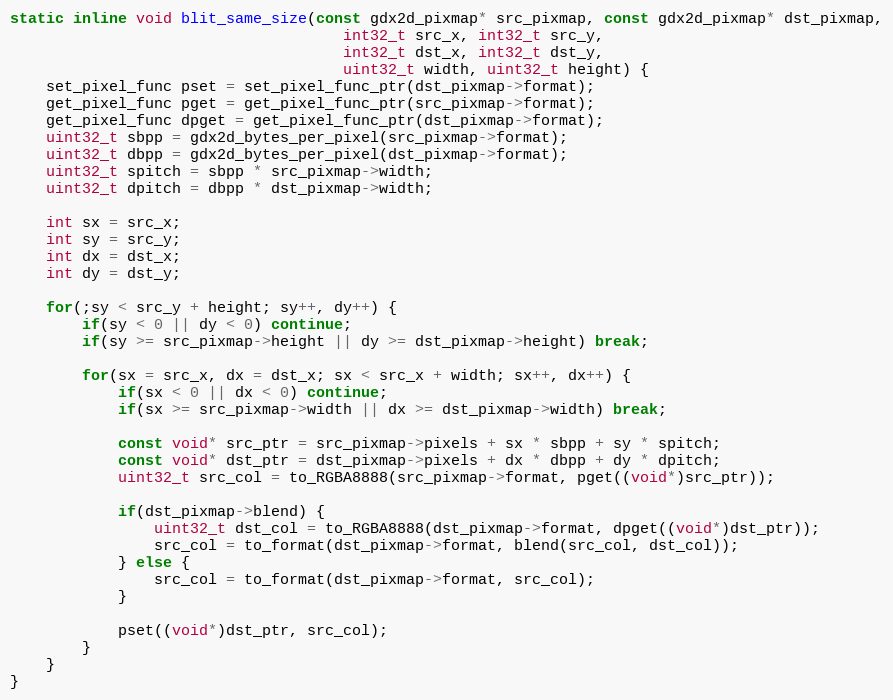
Language: C
static inline void blit_same_size(const gdx2d_pixmap* src_pixmap, const gdx2d_pixmap* dst_pixmap,
						 			 int32_t src_x, int32_t src_y,
									 int32_t dst_x, int32_t dst_y,
									 uint32_t width, uint32_t height) {
	set_pixel_func pset = set_pixel_func_ptr(dst_pixmap->format);
	get_pixel_func pget = get_pixel_func_ptr(src_pixmap->format);
	get_pixel_func dpget = get_pixel_func_ptr(dst_pixmap->format);
	uint32_t sbpp = gdx2d_bytes_per_pixel(src_pixmap->format);
	uint32_t dbpp = gdx2d_bytes_per_pixel(dst_pixmap->format);
	uint32_t spitch = sbpp * src_pixmap->width;
	uint32_t dpitch = dbpp * dst_pixmap->width;

	int sx = src_x;
	int sy = src_y;
	int dx = dst_x;
	int dy = dst_y;

	for(;sy < src_y + height; sy++, dy++) {
		if(sy < 0 || dy < 0) continue;
		if(sy >= src_pixmap->height || dy >= dst_pixmap->height) break;

		for(sx = src_x, dx = dst_x; sx < src_x + width; sx++, dx++) {
			if(sx < 0 || dx < 0) continue;
			if(sx >= src_pixmap->width || dx >= dst_pixmap->width) break;

			const void* src_ptr = src_pixmap->pixels + sx * sbpp + sy * spitch;
			const void* dst_ptr = dst_pixmap->pixels + dx * dbpp + dy * dpitch;
			uint32_t src_col = to_RGBA8888(src_pixmap->format, pget((void*)src_ptr));

			if(dst_pixmap->blend) {
				uint32_t dst_col = to_RGBA8888(dst_pixmap->format, dpget((void*)dst_ptr));
				src_col = to_format(dst_pixmap->format, blend(src_col, dst_col));
			} else {
				src_col = to_format(dst_pixmap->format, src_col);
			}

			pset((void*)dst_ptr, src_col);
		}
	}
}